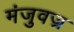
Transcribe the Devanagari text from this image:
मंजुवज्र